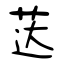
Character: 荙